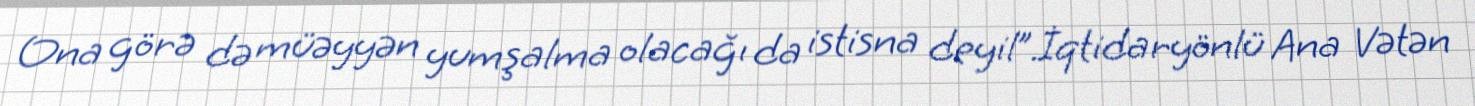
Ona görə də müəyyən yumşalma olacağı da istisna deyil”.İqtidaryönlü Ana Vətən